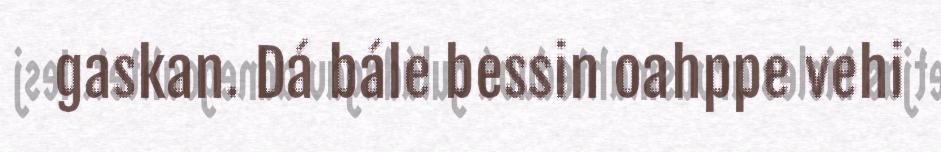
gaskan. Dá bále bessin oahppe vehi